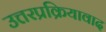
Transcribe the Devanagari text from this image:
उत्तरप्रक्रियावाद